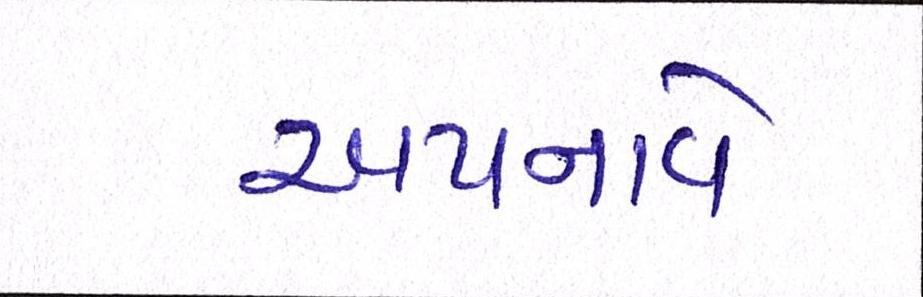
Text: અપનાવે